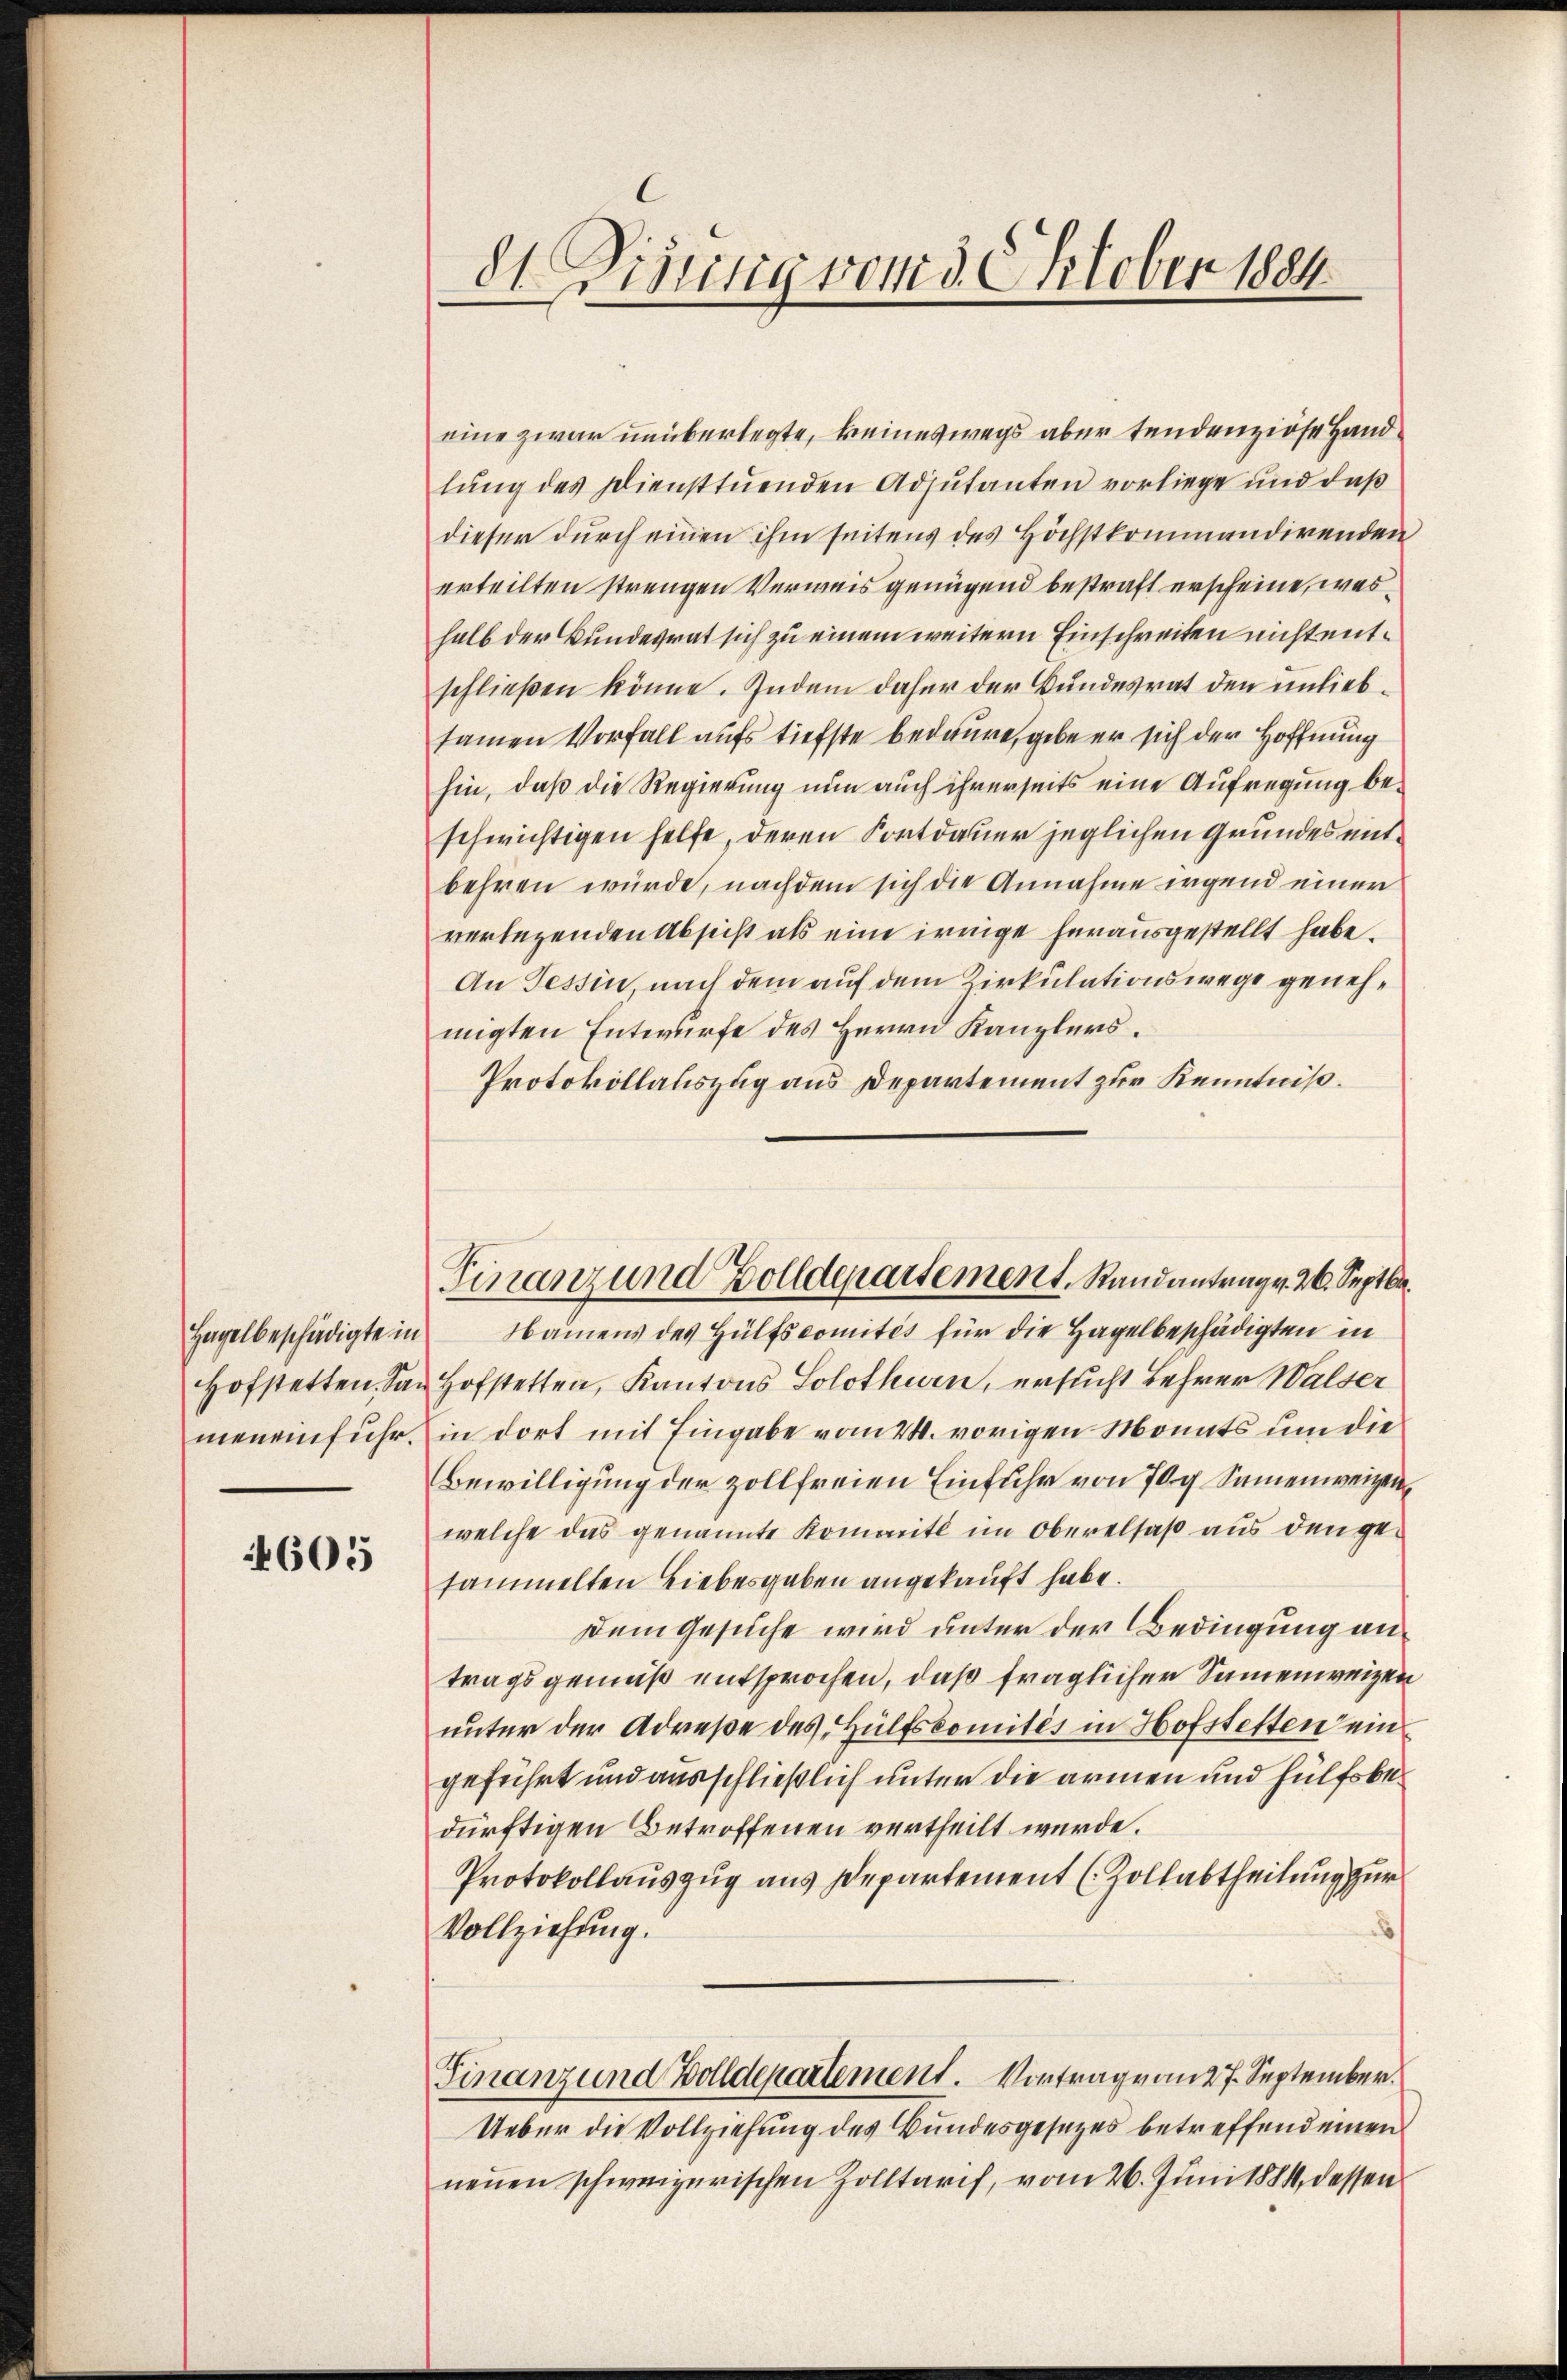
Hagelbeschädigte in
Hofstetten. Sameneinfuhr.

605

dt Visung vom 3. Oktober 1884.

eine zwar unüberlegte, keineswegs aber tendenziöse Handlŭng des Diensttŭenden Adjutanten vorliege und daß
dieser durch einen ihm seitens des Höchstkommandirenden
erteilten strengen Verweis genügend bestraft erscheine, washalb der Bundesrat sich zu einem weitern Einschreiten nicht entschließen könne. Indem daher der Bundesrat den unliebsamen Vorfall aufs tiefste bedaure, gebe er sich der Hoffnung
hin, daß die Regierung nun auch ihrerseits eine Aufregung beschwichtigen helfe, deren Fortdauer jeglichen Grundes entbehren würde, nachdem sich die Annahme irgend einer
verlegenden Absicht als eine irrige herausgestellt habe.
An Tessin nach dem auf dem Zirkulationswege genehmigten Entwurfe des Herrn Kanzlers.
Protokollauszug aus Departement zur Kenntniß.
Namens des Hülfscomités für die Hagelbeschädigten in
Hofstetten, Kantons Solothurn, ersucht Lehrer Walser
in dort mit Eingabe vom 24. vorigen Monats um die
Bewilligung der zollfreien Einfuhr von 70 g. Sammenweigen
welche das genannte Kommitt im Oberelsaß aus den gesammelten Liebesgaben angekauft habe.
Dem Gesuche wird unter der Bedingung antragsgemäß entsprochen, daß fraglicher Sammenweizen
unter der Adrese des Hülfskomités in Hofstetten ein
geführt und ausschließlich unter die armen und hülfsbedürftigen Betroffenen vertheilt wurde.
Protokollauszug aus Departement (Zollabtheilung zur
Vollziehung.
Finanz und Bolldepartement. Vortrage am 27. September.
Ueber die Vollziehung des Bundesgesetzes betreffend einen
neuen schweizerischen Zolltarif, vom 26. Juni 1884 dessen

Finanz und Zolldepartement. Randantrag v. 26. Septbr.